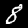
Digit: 8